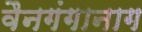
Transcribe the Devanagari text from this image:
वैनगंगानाग